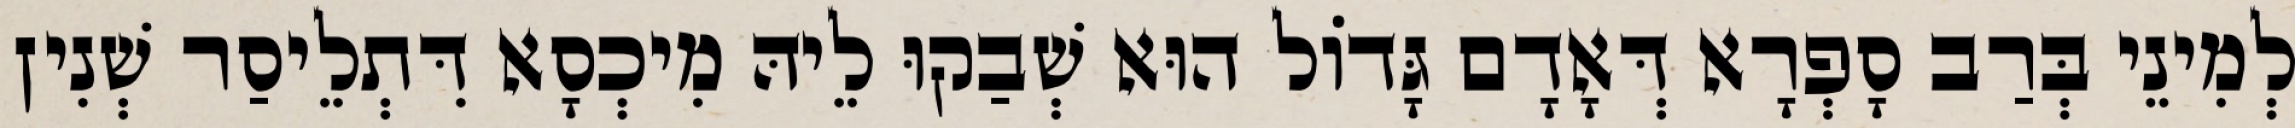
לְמִינֵי בְּרַב סָפְרָא דְּאָדָם גָּדוֹל הוּא שְׁבַקוּ לֵיהּ מִיכְסָא דִּתְלֵיסַר שְׁנִין